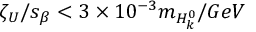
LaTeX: \zeta _ { U } / s _ { \beta } < 3 \times 1 0 ^ { - 3 } m _ { H _ { k } ^ { 0 } } / G e V